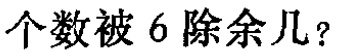
个数被 6 除余几？